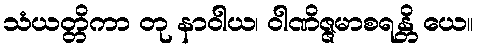
သံယတ္တိကာ တု နာဝါယ၊ ဝါဏိဇ္ဇမာစရန္တိ ယေ။